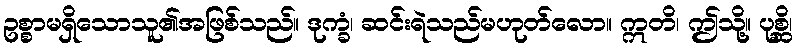
ဥစ္စာမရှိသောသူ၏အဖြစ်သည်။ ဒုက္ခံ၊ ဆင်းရဲသည်မဟုတ်လော။ ဣတိ၊ ဤသို့။ ပုစ္ဆိ၊